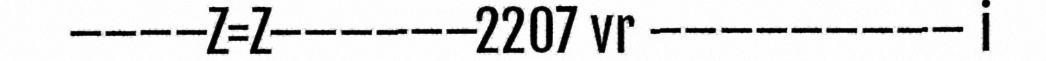
––––Z=Z––––––2207 vr ––––––––– i